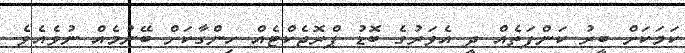
ކަމަކަށް ބީރު ކަންފަތެއް ދީ އެވަރުގެ ބޮޑު ޕްރޮޖެކްޓެއް ހިންގާކަށް ބޭނުމެއް ނުވެއެވެ.